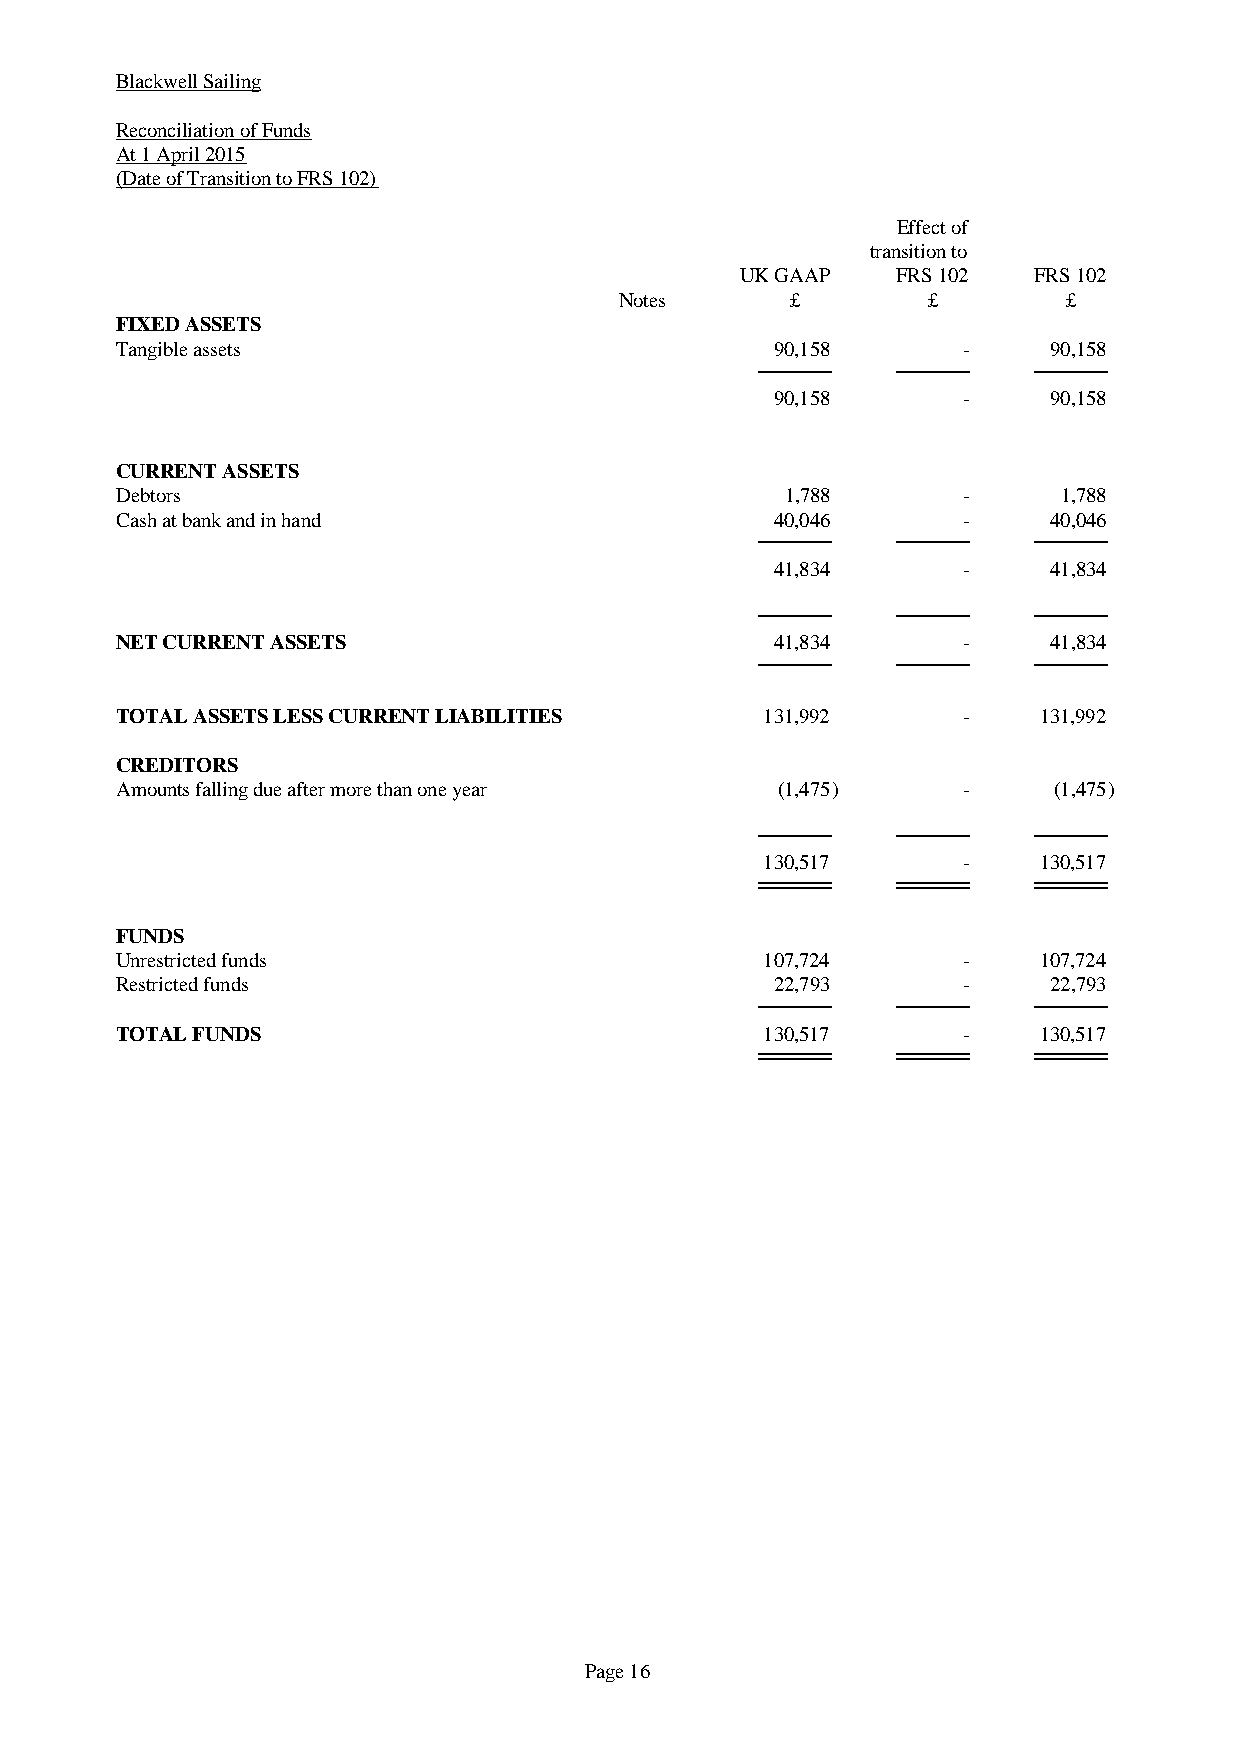
Blackwell Sailing
 Reconciliation of Funds
 At 1 April 2015
 (Date of Transition to FRS 102)
 Effect of
 transition to
 UK GAAP   FRS 102  FRS 102
 Notes      £        £         £
 FIXED ASSETS
 Tangible assets                            90,158       -     90,158
 90,158       -     90,158
 CURRENT ASSETS
 Debtors                                     1,788       -     1,788
 Cash at bank and in hand                   40,046       -     40,046
 41,834       -     41,834
 NET CURRENT ASSETS                         41,834       -     41,834
 TOTAL ASSETS LESS CURRENT LIABILITIES      131,992      -    131,992
 CREDITORS
 Amounts falling due after more than one year (1,475)    -     (1,475)
 130,517      -    130,517
 FUNDS
 Unrestricted funds                         107,724      -    107,724
 Restricted funds                           22,793       -     22,793
 TOTAL FUNDS                                130,517      -    130,517
 Page 16